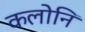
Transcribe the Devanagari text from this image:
कलोनि